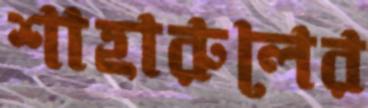
শাহারুলের